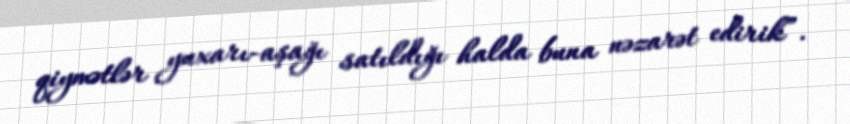
qiymətlər yuxarı-aşağı satıldığı halda buna nəzarət edirik”.